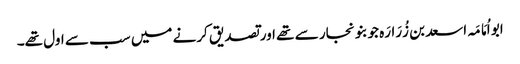
ابو اُمَامَہ اسعد بن زُرَارَہ جو بنو نجار سے تھے اور تصدیق کرنے میں سب سے اول تھے۔